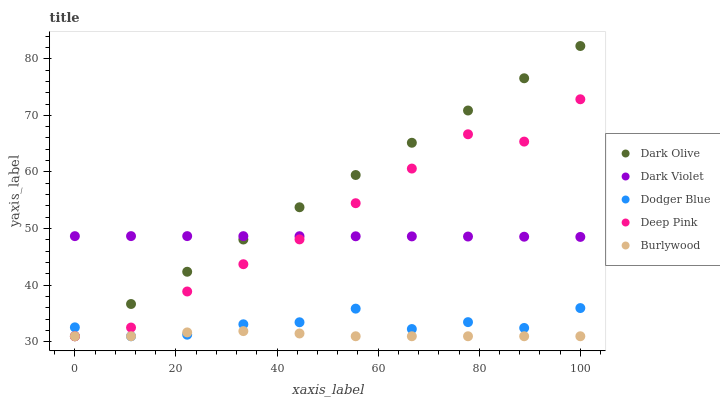
| xaxis_label | Dark Olive | Dark Violet | Dodger Blue | Deep Pink | Burlywood |
 | --- | --- | --- | --- | --- | --- |
 | 0 | 31 | 48.7 | 32.6 | 31 | 31 |
 | 11.1 | 36.7 | 48.7 | 31 | 32.5 | 31 |
 | 22.2 | 42.4 | 48.7 | 31.3 | 38.9 | 31.7 |
 | 33.3 | 48.1 | 48.7 | 33.1 | 43.7 | 31.9 |
 | 44.4 | 53.8 | 48.7 | 33.5 | 48.1 | 31.5 |
 | 55.6 | 59.5 | 48.6 | 35.9 | 54.5 | 31 |
 | 66.7 | 65.2 | 48.6 | 32.3 | 60.6 | 31 |
 | 77.8 | 70.9 | 48.6 | 33.5 | 66.7 | 31 |
 | 88.9 | 76.5 | 48.6 | 32.5 | 65.4 | 31 |
 | 100 | 82.2 | 48.5 | 36 | 72.8 | 31 |